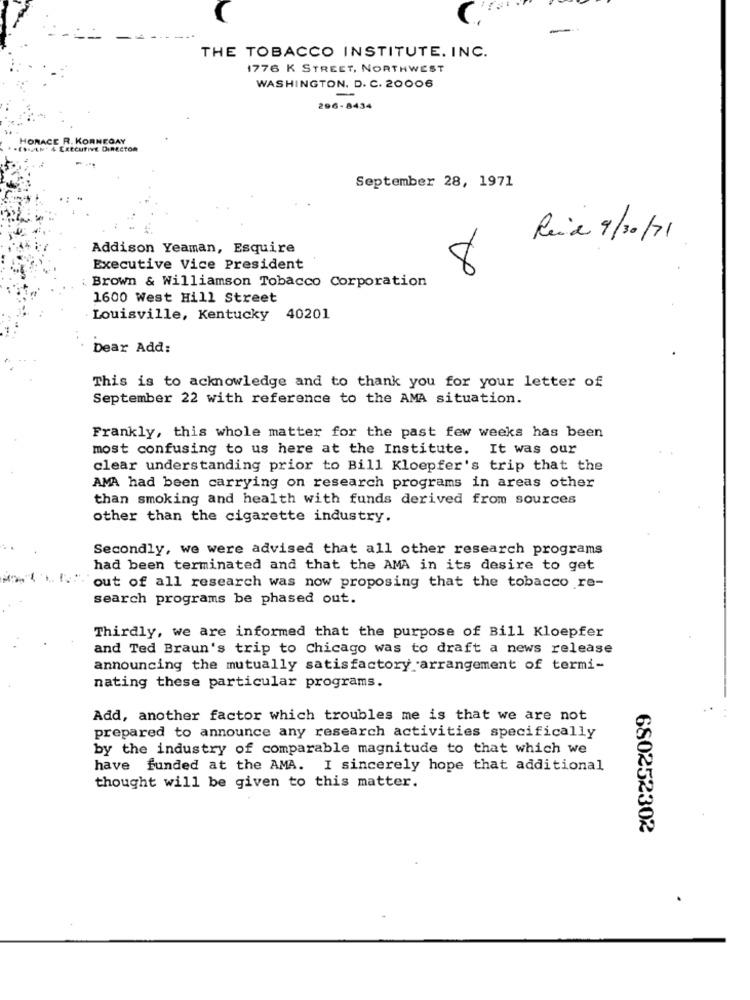
THE TOBACCO INSTITUTE. INC.
1776 K STREET, NORTHWEST
WASHINGTON, D. C. 20006
-
296-8434
September 28, 1971
Reid 9/10/71
Addison Yeaman, Esquire
Executive Vice President
8
: Brown & Williamson Tobacco Corporation
1600 West Hill Street
Louisville, Kentucky 40201
Dear Add:
This is to acknowledge and to thank you for your letter of
September 22 with reference to the AMA situation.
Frankly, this whole matter for the past few weeks has been
most confusing to us here at the Institute. It was our
clear understanding prior to Bill Kloepfer's trip that the
AMA had been carrying on research programs in areas other
than smoking and health with funds derived from sources
other than the cigarette industry.
Secondly, we were advised that all other research programs
had been terminated and that the AMA in its desire to get
`out of all research was now proposing that the tobacco re-
search programs be phased out.
Thirdly, we are informed that the purpose of Bill Kloepfer
and Ted Braun's trip to Chicago was to draft a news release
announcing the mutually satisfactory arrangement of termi-
nating these particular programs.
Add, another factor which troubles me is that we are not
prepared to announce any research activities specifically
by the industry of comparable magnitude to that which we
have funded at the AMA. I sincerely hope that additional
thought will be given to this matter.
680252302